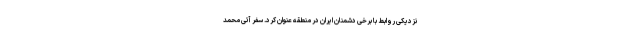
نزدیکی روابط با برخی دشمنان ایران در منطقه عنوان کرد. سفر آتی محمد